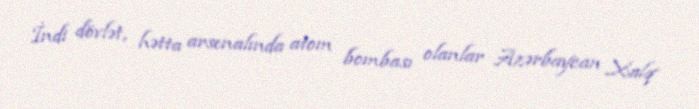
İndi dövlət, hətta arsenalında atom bombası olanlar Azərbaycan Xalq